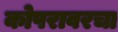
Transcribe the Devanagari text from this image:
कोपरावरचा